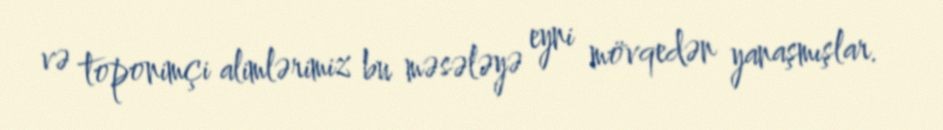
və toponimçi alimlərimiz bu məsələyə eyni mövqedən yanaşmışlar.